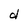
Character: d